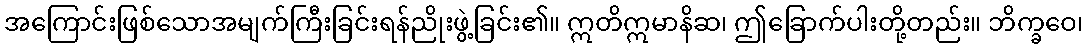
အကြောင်းဖြစ်သောအမျက်ကြီးခြင်းရန်ညိုးဖွဲ့ခြင်း၏။ ဣတိဣမာနိဆ၊ ဤခြောက်ပါးတို့တည်း။ ဘိက္ခဝေ၊